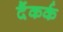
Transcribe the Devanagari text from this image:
दैंकर्क